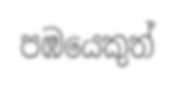
පඹයෙකුත්